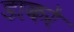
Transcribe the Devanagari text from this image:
डाकरे